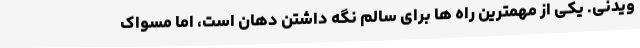
ویدنی. یکی از مهمترین راه ها برای سالم نگه داشتن دهان است، اما مسواک